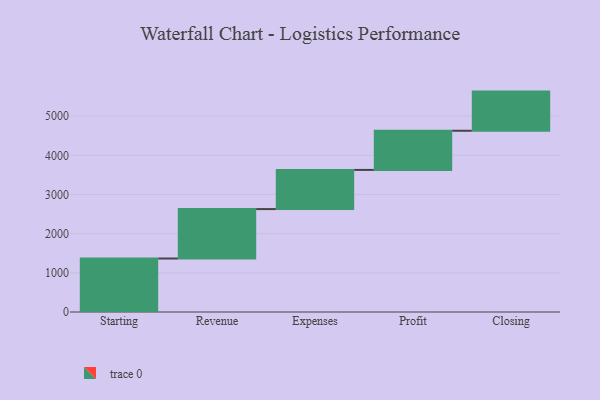
{"axis": {"x": "Step", "y": "Value"}, "legend": [""], "data": [{"x": "Starting", "y": 1366.0, "type": ""}, {"x": "Revenue", "y": 1262.0, "type": ""}, {"x": "Expenses", "y": 1000, "type": ""}, {"x": "Profit", "y": 1000, "type": ""}, {"x": "Closing", "y": 1000, "type": ""}]}